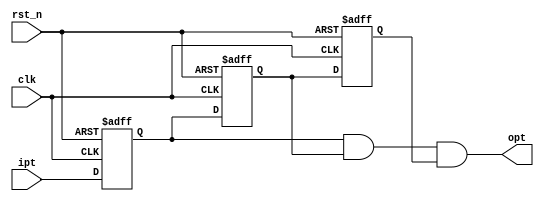
module debounce(opt,ipt,clk,rst_n);
	input ipt;
	input clk,rst_n;
	output opt;
	reg delay0;
	reg delay1;
	reg delay2;
	always@(posedge clk or negedge rst_n)
	begin
		if(~rst_n)
		begin
			delay0<=0;
			delay1<=0;
			delay2<=0;
		end
		else
		begin
			delay0<=ipt;
			delay1<=delay0;
			delay2<=delay1;
		end
	end
	assign opt=delay0&delay1&delay2;
endmodule